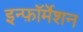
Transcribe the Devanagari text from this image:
इन्फ़ॉर्मेशन